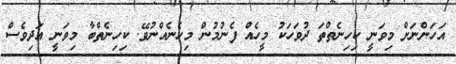
އަހަންނަށް މިވަނީ ކިހިނެތްތަ ދުވަހަކު މީހެއް ފެނުމުން މިހެނެއްނުވޭ. ކިހިނެތްބާ މިވަނީ އަދިވެސް